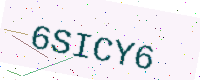
Text: 6SICY6